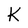
Character: K